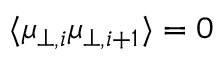
\langle \mu _ { \perp , i } \mu _ { \perp , i + 1 } \rangle = 0